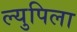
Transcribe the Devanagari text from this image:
ल्युपिला